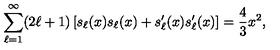
\sum _ { \ell = 1 } ^ { \infty } ( 2 \ell + 1 ) \left[ s _ { \ell } ( x ) s _ { \ell } ( x ) + s _ { \ell } ^ { \prime } ( x ) s _ { \ell } ^ { \prime } ( x ) \right] = { \frac { 4 } { 3 } } x ^ { 2 } ,